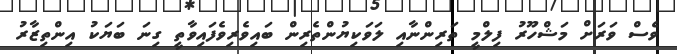
ވެސް ވަރަށް މަޝްހޫރު ފިލްމީ ތަރިންނާއި ލަވަކިޔުންތެރިން ބައިވެރިވެފައިވާތީ ގިނަ ބަޔަކު އިންތިޒާރު